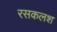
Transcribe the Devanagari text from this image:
रसकलश